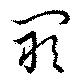
闞